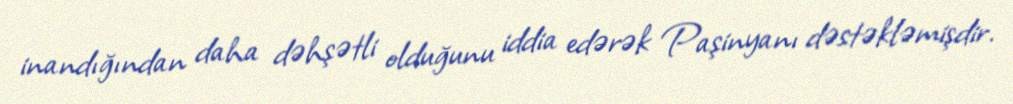
inandığından daha dəhşətli olduğunu iddia edərək Paşinyanı dəstəkləmişdir.